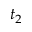
t _ { 2 }